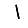
Digit: 1